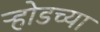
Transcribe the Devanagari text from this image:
ऱ्होडच्या